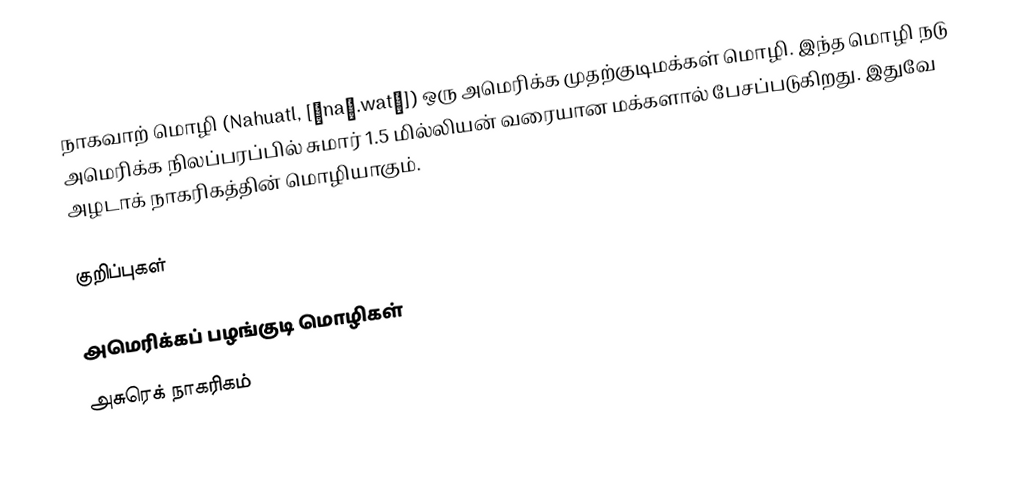
நாகவாற் மொழி (Nahuatl, [ˈnaː.watɬ]) ஒரு அமெரிக்க முதற்குடிமக்கள் மொழி. இந்த மொழி நடு அமெரிக்க நிலப்பரப்பில் சுமார் 1.5 மில்லியன் வரையான மக்களால் பேசப்படுகிறது. இதுவே அழடாக் நாகரிகத்தின் மொழியாகும்.

குறிப்புகள்

அமெரிக்கப் பழங்குடி மொழிகள்
அசுரெக் நாகரிகம்